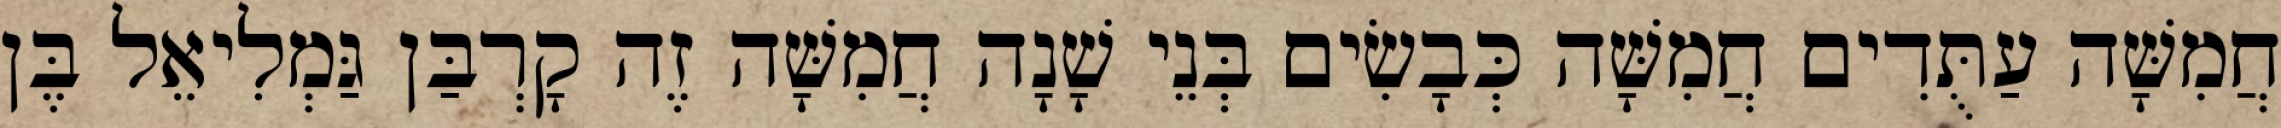
חֲמִשָּׁה עַתֻּדִים חֲמִשָּׁה כְּבָשִׂים בְּנֵי שָׁנָה חֲמִשָּׁה זֶה קָרְבַּן גַּמְלִיאֵל בֶּן